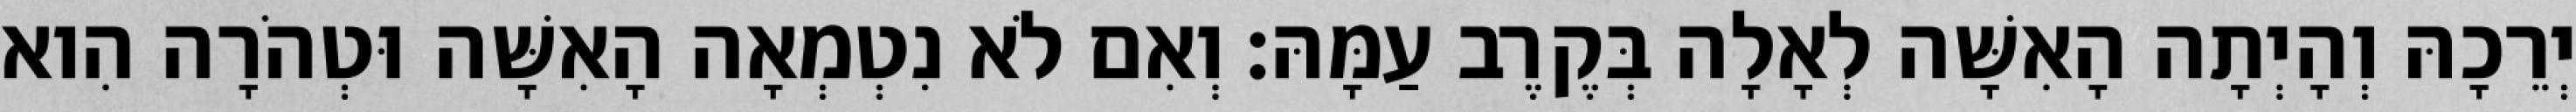
יְרֵכָהּ וְהָיְתָה הָאִשָּׁה לְאָלָה בְּקֶרֶב עַמָּהּ׃ וְאִם לֹא נִטְמְאָה הָאִשָּׁה וּטְהֹרָה הִוא